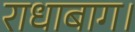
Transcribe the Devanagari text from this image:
राधाबाग।